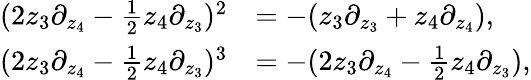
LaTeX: \begin{array}{rl}{(2z_{3}\partial_{z_{4}}-\frac{1}{2}z_{4}\partial_{z_{3}})^{2}}&{=-(z_{3}\partial_{z_{3}}+z_{4}\partial_{z_{4}}),}\\ {(2z_{3}\partial_{z_{4}}-\frac{1}{2}z_{4}\partial_{z_{3}})^{3}}&{=-(2z_{3}\partial_{z_{4}}-\frac{1}{2}z_{4}\partial_{z_{3}}),}\end{array}